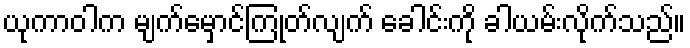
ယုကာဝါက မျက်မှောင်ကြုတ်လျက် ခေါင်းကို ခါယမ်းလိုက်သည်။